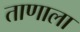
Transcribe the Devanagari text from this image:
ताणाला